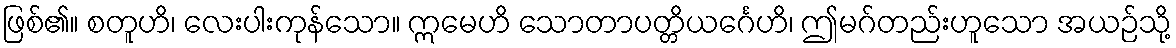
ဖြစ်၏။ စတူဟိ၊ လေးပါးကုန်သော။ ဣမေဟိ သောတာပတ္တိယင်္ဂေဟိ၊ ဤမဂ်တည်းဟူသော အယဉ်သို့